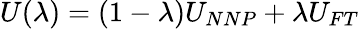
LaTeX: U(\lambda)=(1-\lambda)U_{NNP}+\lambda U_{FT}